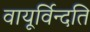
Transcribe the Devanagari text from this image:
वायूर्विन्दति